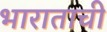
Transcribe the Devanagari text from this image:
भाराताची